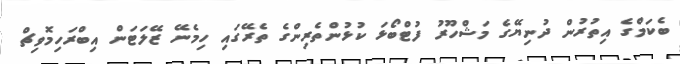
ބެކަމްގެ އިތުރުން ދުނިޔޭގެ މަޝްހޫރު ފުޓްބޯޅަ ކުޅުންތެރިންގެ ތެރޭގައި ހިމެނޭ ޒޭލަޓަން އިބްރަހިމޮވިޗް